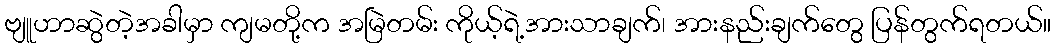
ဗျူဟာဆွဲတဲ့အခါမှာ ကျမတို့က အမြဲတမ်း ကိုယ့်ရဲ့အားသာချက်၊ အားနည်းချက်တွေ ပြန်တွက်ရတယ်။